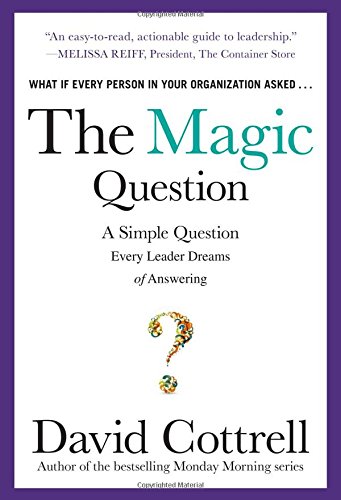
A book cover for The Magic Question: A Simple Question Every Leader Dreams of Answering; David Cottrell; Business & Money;